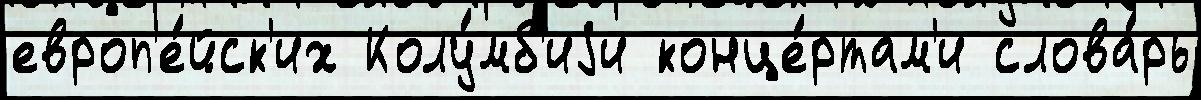
европ'е́йск'их Колу́мб'иjи конце́ртам'и слова́рь